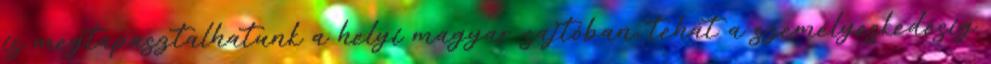
is megtapasztalhatunk a helyi magyar sajtóban, tehát a személyeskedésig